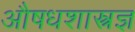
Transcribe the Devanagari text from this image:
औषधशास्त्रज्ञ